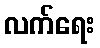
လက်ရေး